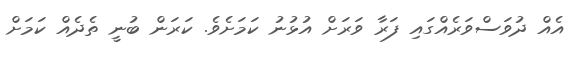
އެއް ދުވަސްވަރެއްގައި ފަރާ ވަރަށް އުޅުނު ކަމަށެވެ. ކަރަން ބުނީ ތެދެއް ކަމަށް